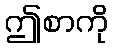
ဤစာကို